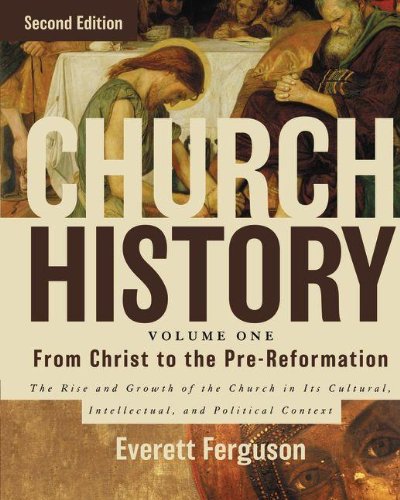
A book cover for Church History, Volume One: From Christ to the Pre-Reformation: The Rise and Growth of the Church in Its Cultural, Intellectual, and Political Context; Everett Ferguson; Christian Books & Bibles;